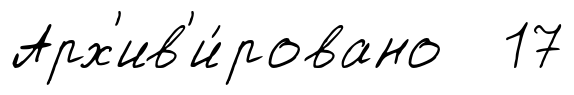
Арх'ив'и́ровано 17